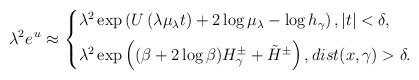
LaTeX: \begin{align*}\lambda^2e^{\,u}\approx\begin{cases} \lambda^2\exp\left(U\left(\lambda\mu_\lambda t\right)+2\log\mu_\lambda-\log h_\gamma\right), |t|<\delta,\medskip \\\lambda^2\exp\left((\beta+2\log\beta) H_\gamma^\pm+\tilde H^\pm\right), \mathop{dist}(x, \gamma)>\delta.\end{cases}\end{align*}